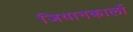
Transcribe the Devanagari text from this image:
जियानकार्लो